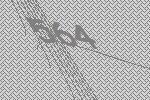
564